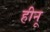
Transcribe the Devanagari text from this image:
हीनू